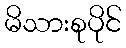
မိသားစုပိုင်